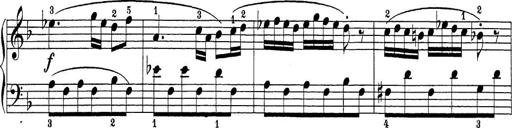
Title: Sonatina Album
Composer: Louis KÃ¶hler